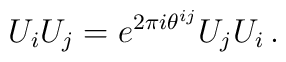
U_{i}U_{j} = e^{2\pi i \theta^{ij}}U_{j}U_{i} \, .